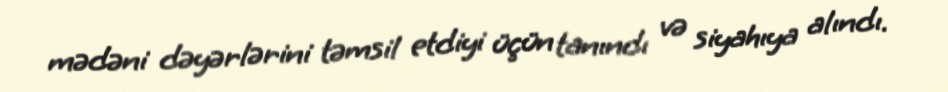
mədəni dəyərlərini təmsil etdiyi üçün tanındı və siyahıya alındı.